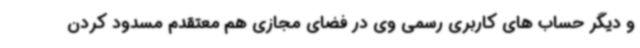
و دیگر حساب های کاربری رسمی وی در فضای مجازی هم معتقدم مسدود کردن